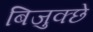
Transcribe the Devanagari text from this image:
बिजुक्छे